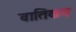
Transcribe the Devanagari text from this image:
वातिकन